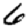
Digit: 6